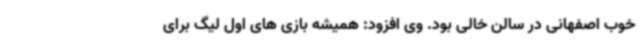
خوب اصفهانی در سالن خالی بود. وی افزود: همیشه بازی های اول لیگ برای